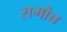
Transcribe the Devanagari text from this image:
समौच्च